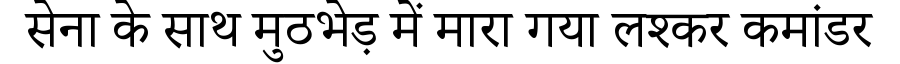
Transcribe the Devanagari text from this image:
सेना के साथ मुठभेड़ में मारा गया लश्कर कमांडर